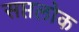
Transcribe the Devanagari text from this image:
सप्तलोक